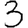
Digit: 3